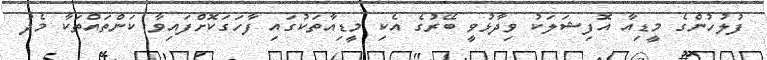
ފުލުހުންގެ މީޑިއާ އޮފިޝަލަކު ވިދާޅުވީ ބޭރުގެ އެކި މީޑިއާތަކުގައި ފާހަގަކޮށްފައިވާ ކަންތައްތަކާ މެދު